Scottish Leaving Certificate Examination, 1958
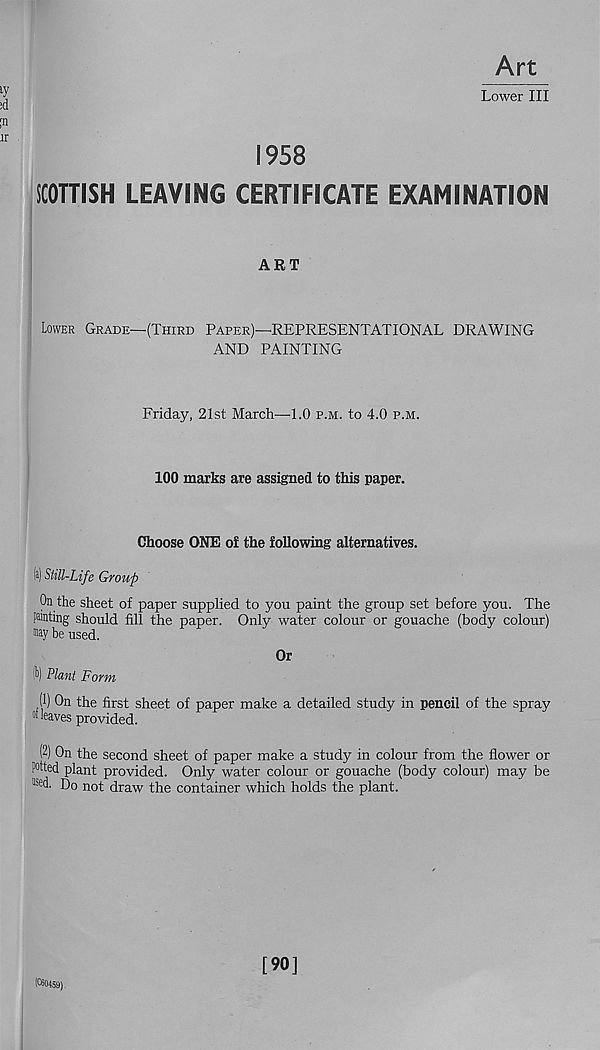
Art
^
Lower III
id
31
1958
SCOTTISH LEAVING CERTIFICATE EXAMINATION
ART
Lower Grade—(Third Paper)—REPRESENTATIONAL DRAWING
AND PAINTING
Friday, 21st March—1.0 p.m. to 4.0 p.m.
100 marks are assigned to this paper.
Choose ONE of the following alternatives.
(s) Still-Life Group
On the sheet of paper supplied to you paint the group set before you. The
punting should fill the paper. Only water colour or gouache (body colour)
may be used.
Or
P>) Plant Form
(1) On the first sheet of paper make a detailed study in pencil of the spray
d leaves provided.
(2) On the second sheet of paper make a study in colour from the flower or
Pitted plant provided. Only water colour or gouache (body colour) may be
1>e d. Do not draw the container which holds the plant.
[90]